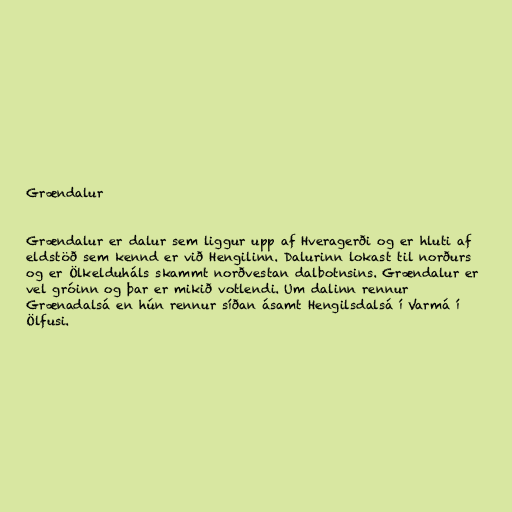
Grændalur

Grændalur er dalur sem liggur upp af Hveragerði og er hluti af
eldstöð sem kennd er við Hengilinn. Dalurinn lokast til norðurs
og er Ölkelduháls skammt norðvestan dalbotnsins. Grændalur er
vel gróinn og þar er mikið votlendi. Um dalinn rennur
Grænadalsá en hún rennur síðan ásamt Hengilsdalsá í Varmá í
Ölfusi.